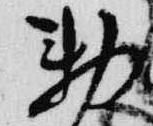
勅